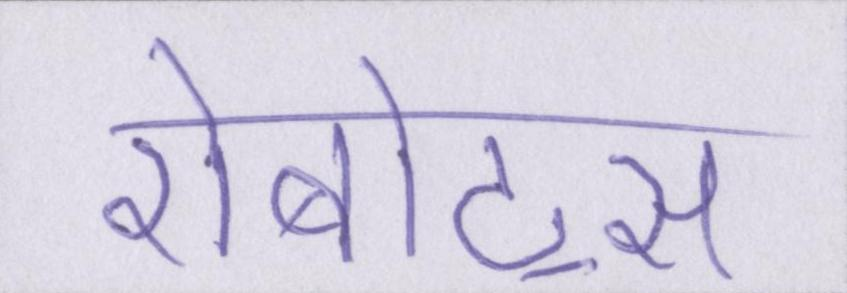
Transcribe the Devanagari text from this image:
रोबोट्स